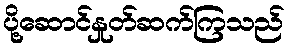
ပို့ဆောင်နှုတ်ဆက်ကြသည်